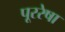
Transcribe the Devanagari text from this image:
पूररेषा